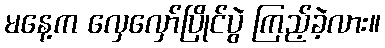
မနေ့က လှေလှော်ပြိုင်ပွဲ ကြည့်ခဲ့လား။